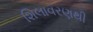
શિલાવરણથી